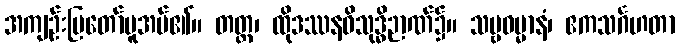
အကျဉ်းပြတော်မူအပ်၏။ တတ္ထ၊ ထိုဒဿနဝိသုဒ္ဓိဉာဏ်၌။ သဗ္ဗဓမ္မာနံ၊ ဧကသင်္ဂဟတာ